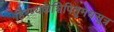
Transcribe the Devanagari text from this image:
हिरण्यकेशिपितृमेधसूत्र